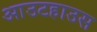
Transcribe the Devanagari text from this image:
आउटहाउस